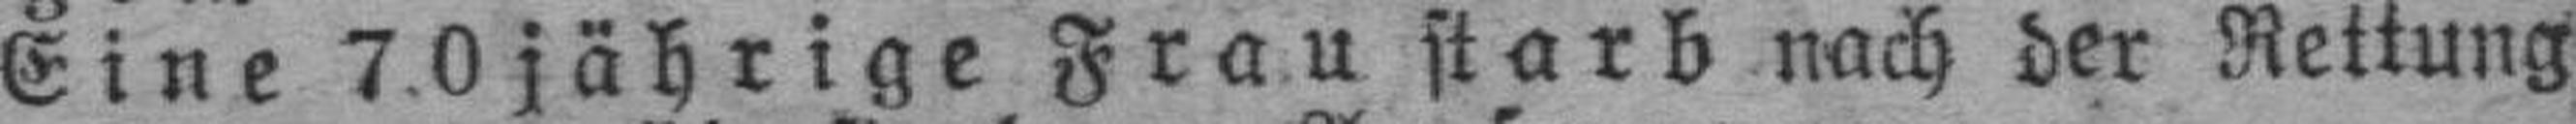
Eine 70jährige Frau starb nach der Rettung